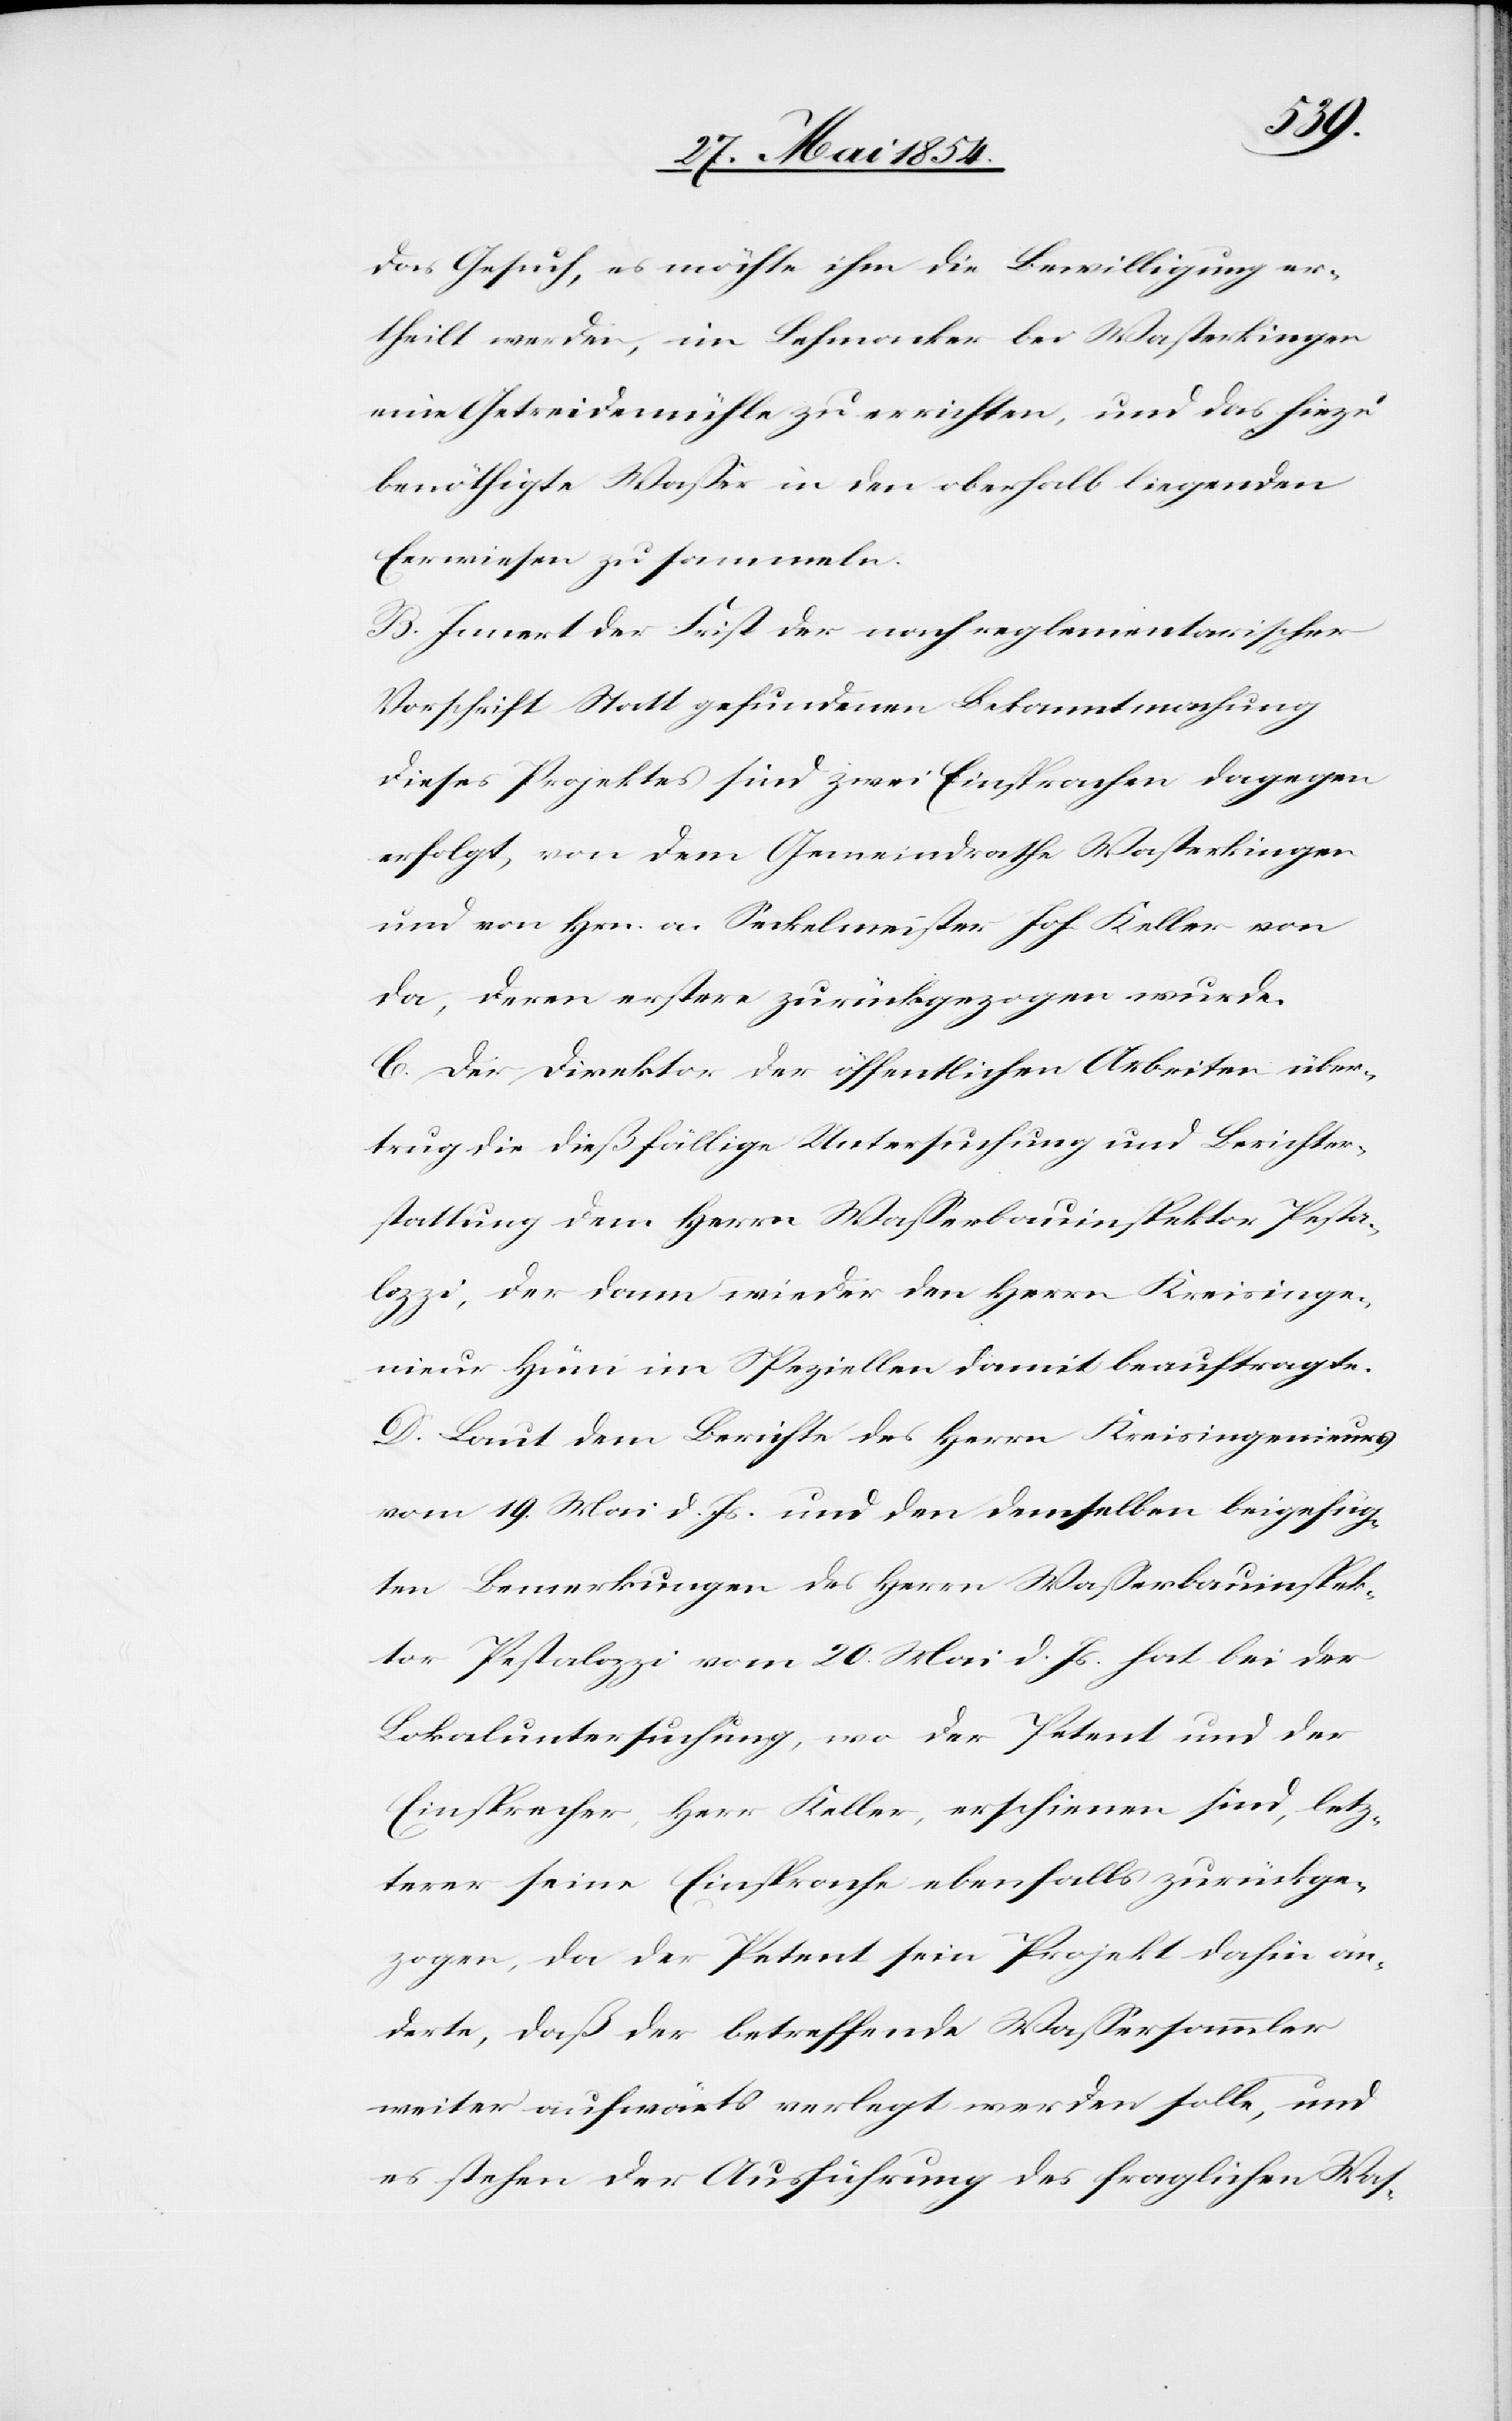
das Gesuch, es möchte ihm die Bewilligung er¬
theilt werden, im Lehmacker bei Wasterkingen
eine Getreidemühle zu errichten, und das hiezu
benöthigte Waßer in den oberhalb liegenden
Eerwiesen zu sammeln.
B. Innert der Frist der nach reglementarischer
Vorschrift Statt gefundenen Bekanntmachung
dieses Projektes sind zwei Einsprachen dagegen
erfolgt, von dem Gemeindrathe Wasterkingen
und von Hrn. a. Seckelmeister Joh. Keller von
da, deren erstere zurückgezogen wurde.
C. Der Direktor der öffentlichen Arbeiten über¬
trug die dießfällige Untersuchung und Berichter¬
stattung dem Herrn Waßerbauinspektor Pesta¬
lozzi, der dann wieder den Herrn Kreisinge¬
nieur Hüni im Speziellen damit beauftragte.
D. Laut dem Berichte des Herrn Kreisingenieurs
vom 19. Mai d. Js. und den demselben beigefüg¬
ten Bemerkungen des Herrn Waßerbauinspek¬
tor Pestalozzi vom 20. Mai d. Js. hat bei der
Lokaluntersuchung, wo der Petent und der
Einsprecher, Herr Keller, erschienen sei, letz¬
terer seine Einsprache ebenfalls zurückge¬
zogen, da der Petent sein Projekt dahin än¬
derte, daß der betreffende Waßersammler
weiter aufwärts verlegt werden solle, und
es stehen der Ausführung des fraglichen Was-